画像に写った文字を読んでください
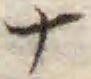
「ナ」と書いてあります